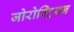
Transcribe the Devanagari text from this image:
जोरोस्ट्रियन